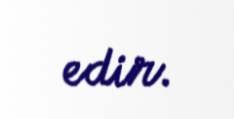
edir.